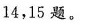
14，15题。